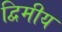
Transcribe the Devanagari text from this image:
द्विमीय